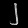
Digit: ၂